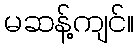
မဆန့်ကျင်။